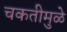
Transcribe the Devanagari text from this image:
चकतीमुळे